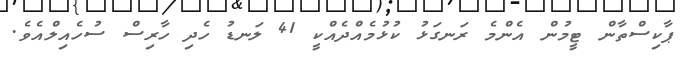
ޕާކިސްތާން ޓީމުން އެންމެ ރަނގަޅު ކުޅުމެއްދެއްކީ 41 ލަނޑު ހެދި ހާރިސް ސުހެއިލްއެވެ.